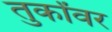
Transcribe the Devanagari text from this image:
तुर्कांवर